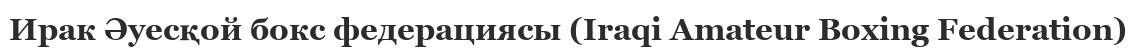
Ирак Әуесқой бокс федерациясы (Iraqi Amateur Boxing Federation)